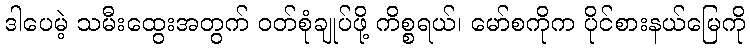
ဒါပေမဲ့ သမီးထွေးအတွက် ဝတ်စုံချုပ်ဖို့ ကိစ္စရယ်၊ မော်စကိုက ပိုင်စားနယ်မြေကို